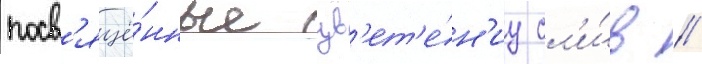
посв'ящё́нные цв'ет'е́н'иу сл'и́в //